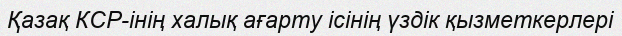
Қазақ КСР-інің халық ағарту ісінің үздік қызметкерлері